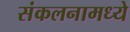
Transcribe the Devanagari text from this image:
संकलनामध्ये